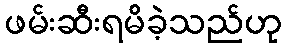
ဖမ်းဆီးရမိခဲ့သည်ဟု